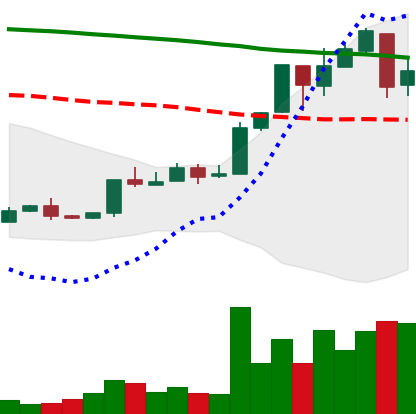
Ticker: XMR-USD
Chart end date: 2018-04-26
Forward return: -10.441%
Label: down_7plus